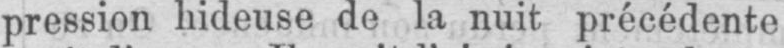
pression hideuse de la nuit précédente